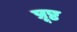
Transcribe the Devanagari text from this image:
प्रूष्ठ